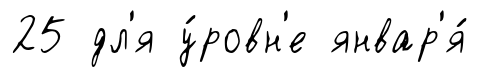
25 дл'я у́ровн'е январ'я́